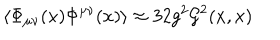
LaTeX: \left\langle \Phi _ { \mu \nu } ( x ) \Phi ^ { \mu \nu } ( x ) \right\rangle \approx 3 2 g ^ { 2 } { \cal G } ^ { 2 } ( x , x )